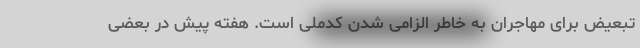
تبعیض برای مهاجران به خاطر الزامی شدن کدملی است. هفته پیش در بعضی